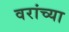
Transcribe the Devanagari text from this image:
वरांच्या